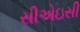
સીએઇસી